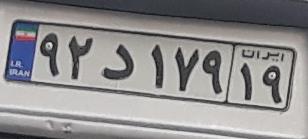
۹۲د۱۷۹۱۹